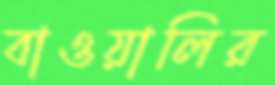
বাওয়ালির